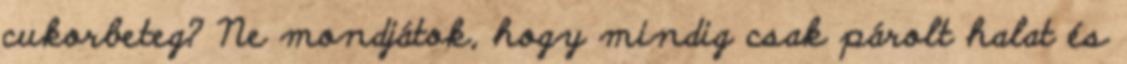
cukorbeteg? Ne mondjátok, hogy mindig csak párolt halat és